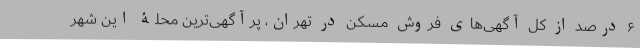
۶ درصد از کل آگهی‌های فروش مسکن در تهران، پرآگهی‌ترین محلۀ این شهر